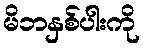
မိဘနှစ်ပါးကို